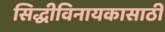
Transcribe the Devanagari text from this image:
सिद्धीविनायकासाठी